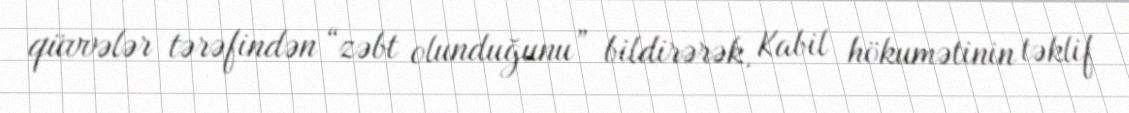
qüvvələr tərəfindən “zəbt olunduğunu” bildirərək, Kabil hökumətinin təklif